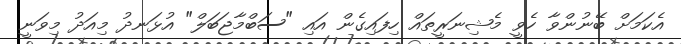
އެކަމަށް ބޭނުންވާ ހެވީ މެޝިނަރީތައް ހިފައިގެން އައި "ސަބްމާޖަބަލް" އުޅަނދު މިއަދު މިވަނީ